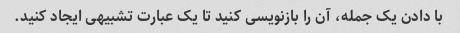
با دادن یک جمله، آن را بازنویسی کنید تا یک عبارت تشبیهی ایجاد کنید.